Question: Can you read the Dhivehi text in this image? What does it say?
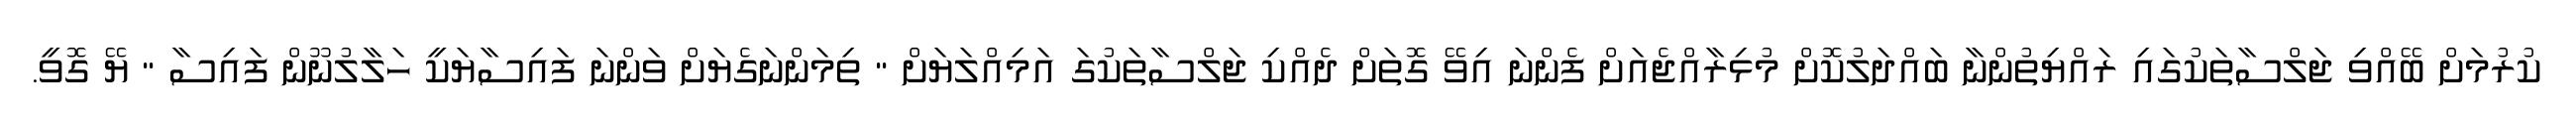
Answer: ކުރުމަށް ބޭއްވި ޖަލްސާތަކުގައި ރައްޔިތުންނާ ބައްދަލުކޮށް މުޅިރާއްޖެއަށް ފެންނަ އިވޭ ގޮތަށް ދެއްކި ޖަލްސާތަކުގަ އަމިއްލަޔަށް " ތިމަންނަގެޔަށް ވަންނަ ފައިސާޔަކީ ހަލާލުނޫން ފައިސާ " ޔޭ ގޮވީ.